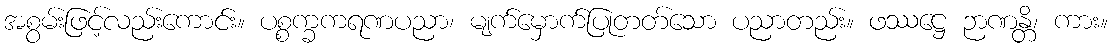
အစွမ်းဖြင့်လည်းကောင်း။ ပစ္စက္ခကရဏပညာ၊ မျက်မှောက်ပြုတတ်သော ပညာတည်း။ ဖဿဋ္ဌေ ဉာဏန္တိ၊ ကား။